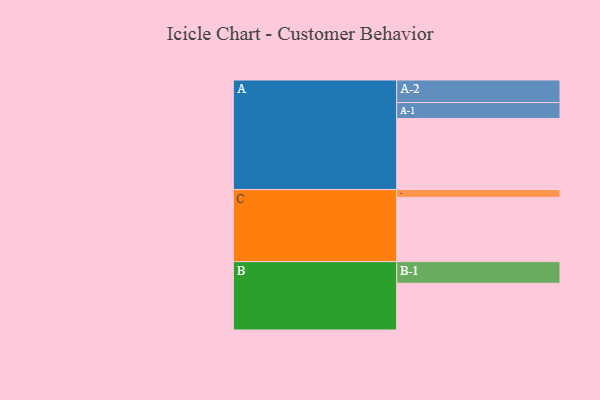
{"axis": {"x": "Segment", "y": "Value"}, "legend": ["", "A", "B", "C"], "data": [{"x": "A", "y": 552, "type": ""}, {"x": "B", "y": 363, "type": ""}, {"x": "C", "y": 499, "type": ""}, {"x": "A-1", "y": 124, "type": "A"}, {"x": "A-2", "y": 175, "type": "A"}, {"x": "B-1", "y": 168, "type": "B"}, {"x": "C-1", "y": 60, "type": "C"}]}